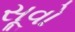
સૂવો